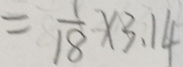
= \frac { 1 } { 1 8 } \times 3 . 1 4